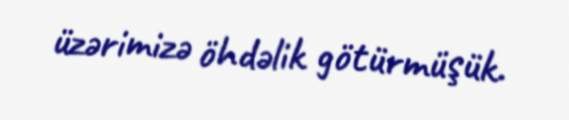
üzərimizə öhdəlik götürmüşük.